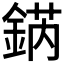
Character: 𨧨